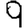
Digit: 9